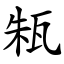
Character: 㼡